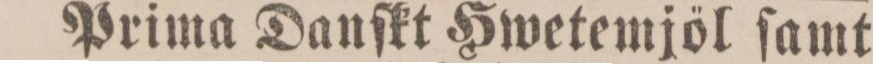
Prima Danſkt Hwetemjöl ſamt